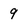
Character: 9